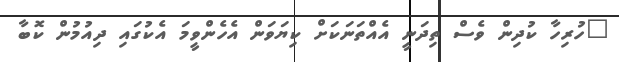
"ހުރިހާ ކުދިން ވެސް ތިދަނީ އެއްތަނަކަށް ކިޔަވަން އެހެންވީމަ އެކުގައި ދިއުމުން ކޮބާ